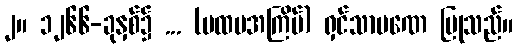
၂။ ၁၂၆၆-ခုနှစ်၌ ... (ပထမအကြိမ်) ရှင်သာမဏေ ပြုသည်။